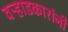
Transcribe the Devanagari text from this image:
वऱ्हाडकारांनी